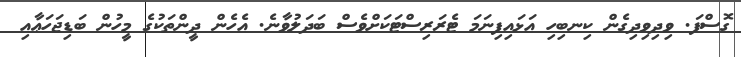
ގޮސްފަ. ވިދިވިދިގެން ކިނބިހި އަޅައިފިނަމަ ޓެރަރިސްޓަކަށްވެސް ބަދަލުވާނެ. އެހެން ދީންތަކުގެ މީހުން ބަޑިޖަހަޢާއި